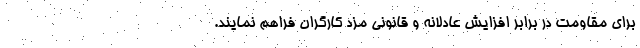
برای مقاومت در برابر افزایش عادلانه و قانونی مزد کارگران فراهم نمایند.